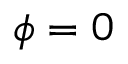
\phi = 0